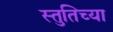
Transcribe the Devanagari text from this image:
स्तुतिच्या